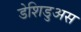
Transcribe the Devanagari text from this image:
डेशिडुअस